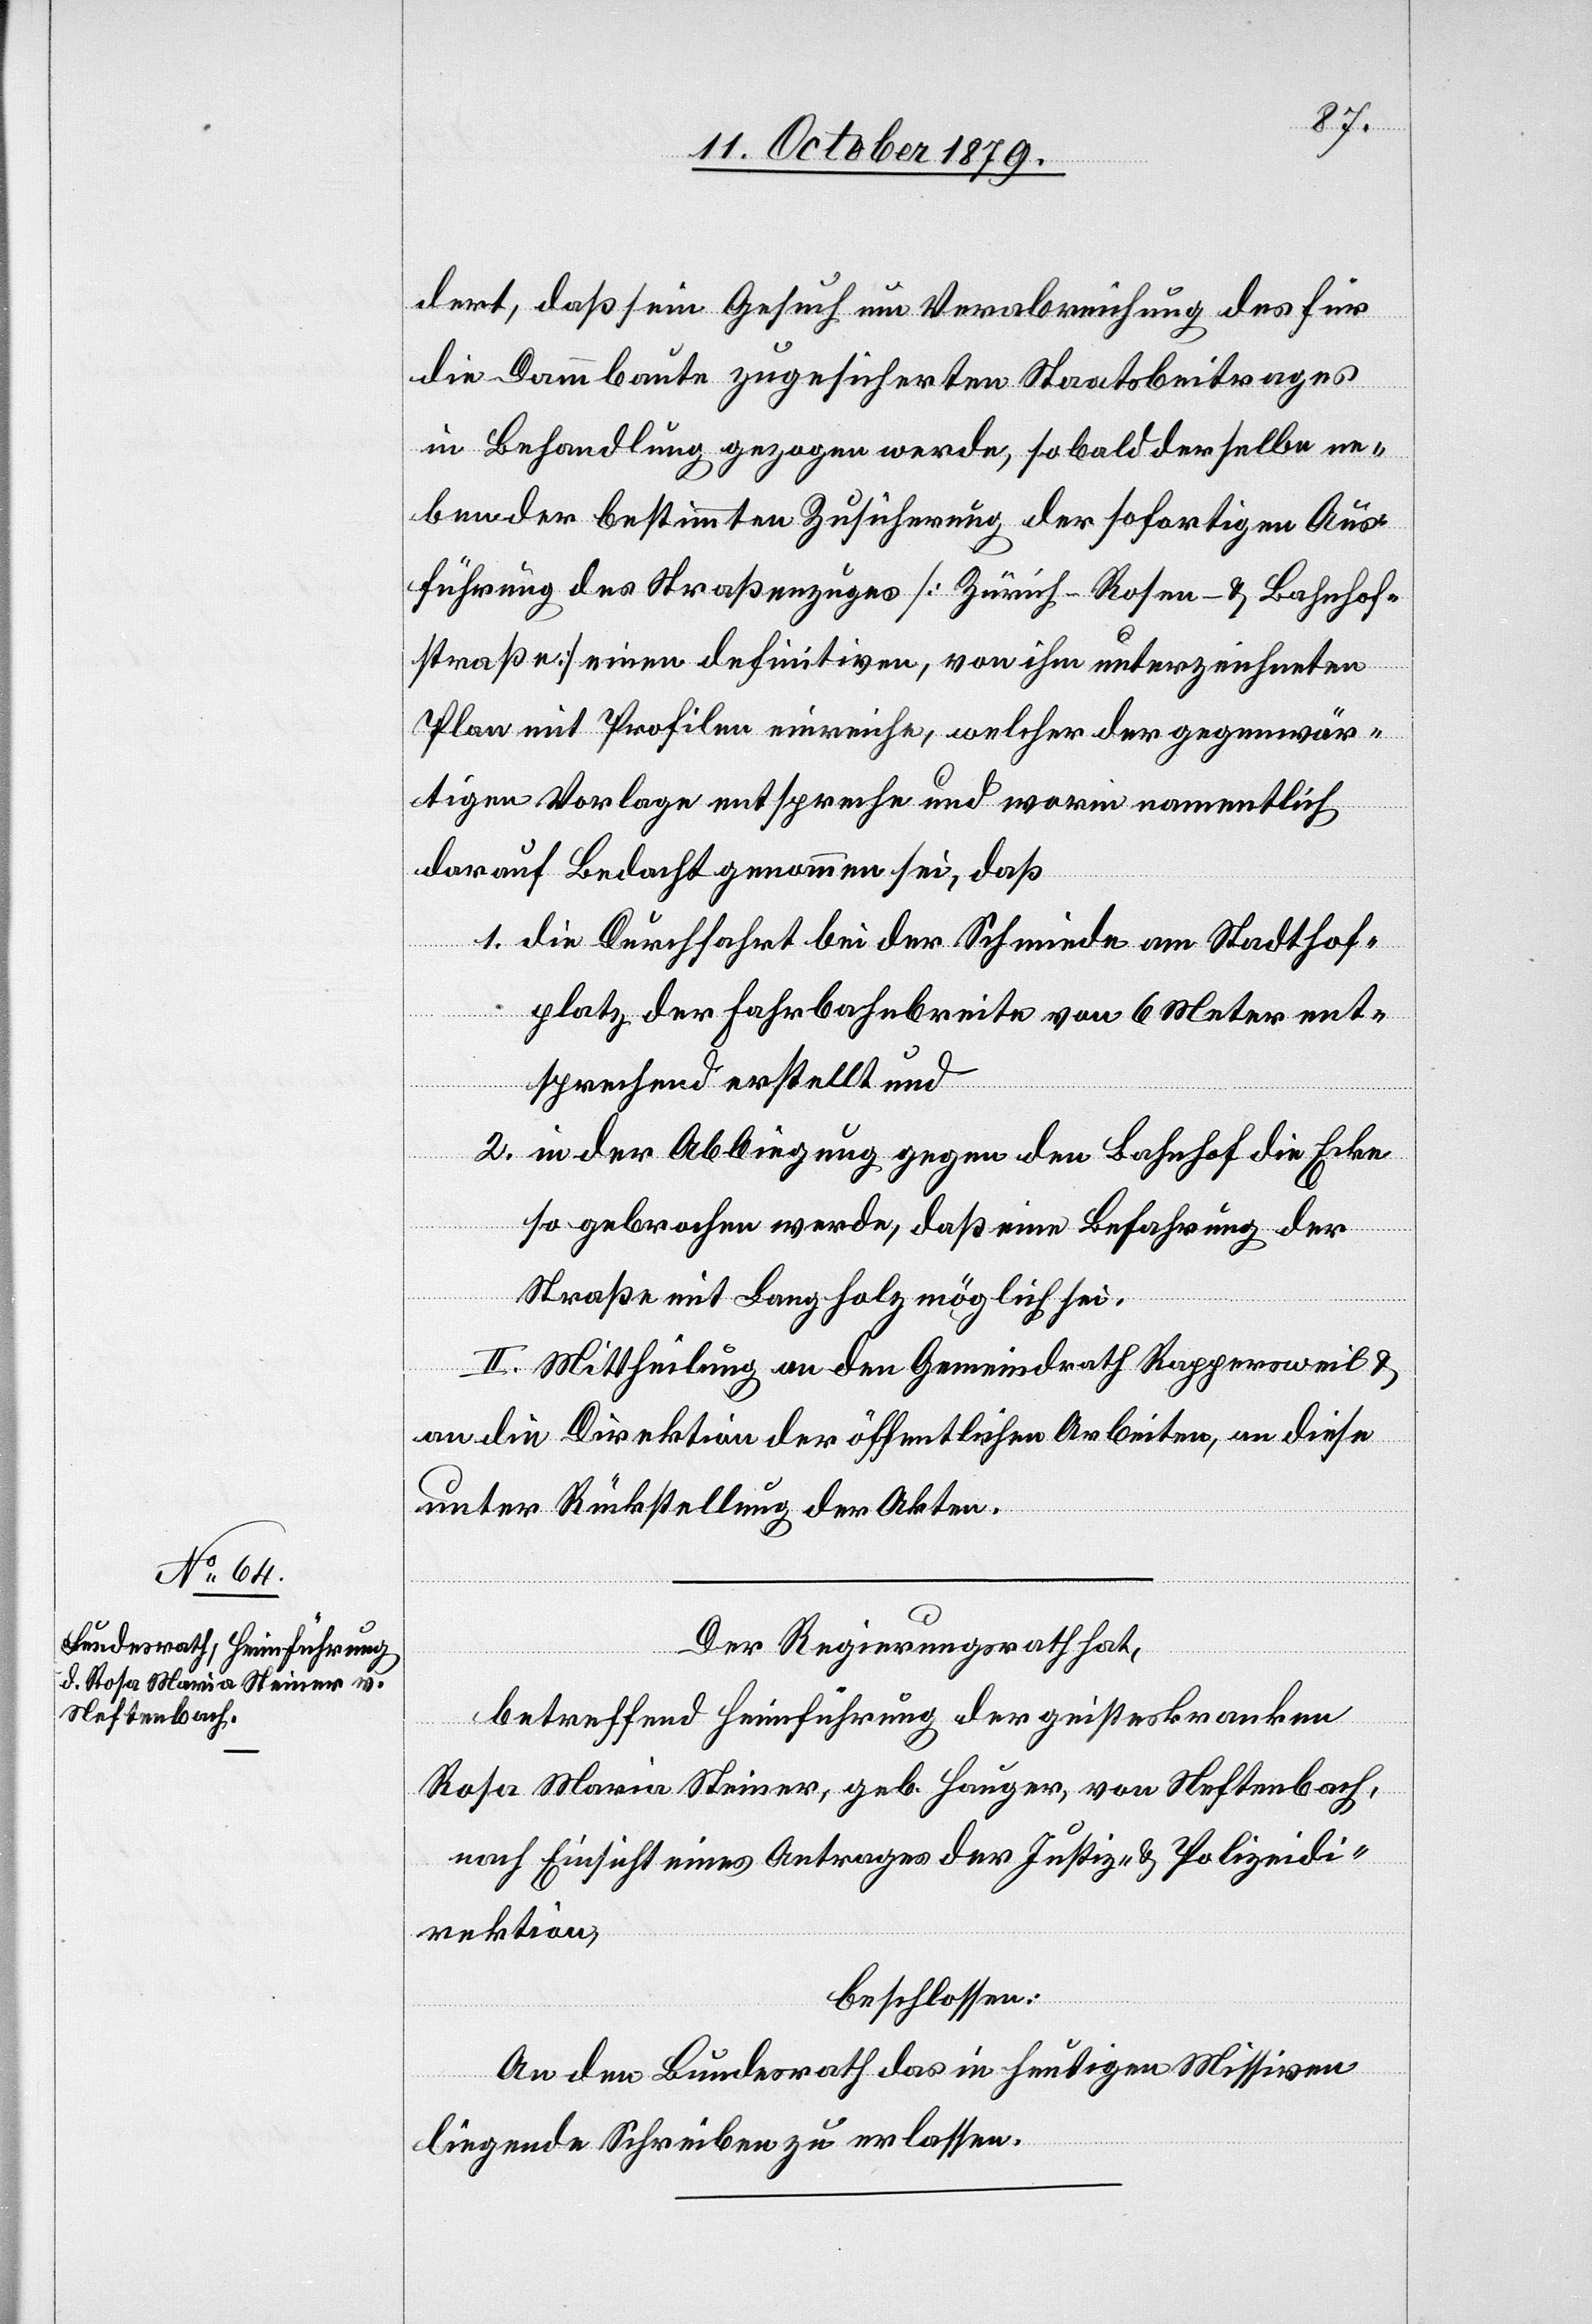
dert, daß sein Gesuch um Verabreichung des für
die Dammbrücke zugesicherten Staatsbeitrages
in Behandlung gezogen werde, sobald derselbe ne¬
ben der bestimmten Zusicherung der sofortigen Aus¬
führung des Straßenzuges [Zürich – Rosen – & Bahnhof¬
straße] einen definitiven, von ihm unterzeichneten
Plan mit Profilen einreiche, welcher der gegenwär¬
tigen Vorlage entspreche und worin namentlich
darauf Bedacht genommen sei, daß
1. die Durchfahrt bei der Schmiede am Stadthof¬
platz der Fahrbahnbreite von 6 Meter ent¬
sprechend erstellt und
2. in der Abbiegung gegen den Bahnhof die Ecke
so gebrochen werde, daß eine Befahrung der
Straße mit Langholz möglich sei.
II. Mittheilung an den Gemeindrath Rappersweil &
an die Direktion der öffentlichen Arbeiten, an diese
unter Rückstellung der Akten.
Der Regierungsrath hat,
betreffend Heimführung der geisteskranken
Rosa Maria Steiner, geb. Hauger, von Neftenbach,
nach Einsicht eines Antrages der Justiz- & Polizeidi¬
rektion,
beschlossen:
An den Bundesrath das in heutigen Missiven
liegende Schreiben zu erlassen.